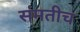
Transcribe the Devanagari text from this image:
संमतीच